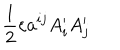
LaTeX: \frac { 1 } { 2 } \varepsilon a ^ { i j } A _ { i } ^ { \prime } A _ { j } ^ { \prime }